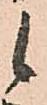
候